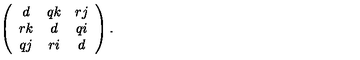
\left( \begin{array} { c c c } { d } & { q k } & { r j } \\ { r k } & { d } & { q i } \\ { q j } & { r i } & { d } \\ \end{array} \right) .